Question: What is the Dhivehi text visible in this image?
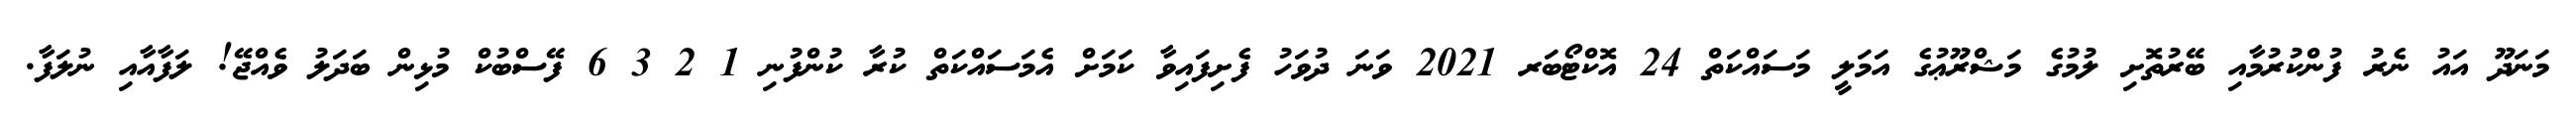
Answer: މަނަދޫ އައު ނެރު ފުންކުރުމާއި ބޭރުތޮށި ލުމުގެ މަޝްރޫޢުގެ އަމަލީ މަސައްކަތް 24 އޮކްޓޯބަރ 2021 ވަނަ ދުވަހު ފެށިފައިވާ ކަމަށް އެމަސައްކަތް ކުރާ ކުންފުނި 1 2 3 6 ފޭސްބުކް މުޅިން ބަދަލު ވެއްޖޭ! ލަފާއާއި ނުލަފާ.